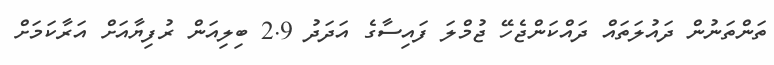
ތަންތަނުން ދައުލަތައް ދައްކަންޖެހޭ ޖުމްލަ ފައިސާގެ އަދަދު 2.9 ބިލިއަން ރުފިޔާއަށް އަރާކަމަށް